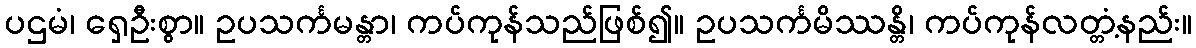
ပဌမံ၊ ရှေဦးစွာ။ ဥပသင်္ကမန္တာ၊ ကပ်ကုန်သည်ဖြစ်၍။ ဥပသင်္ကမိဿန္တိ၊ ကပ်ကုန်လတ္တံ့နည်း။